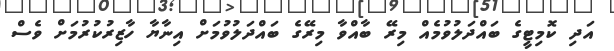
އަދި ކޮމިޓީގެ ބައްދަލުވުމެއް މިރޭ ބާއްވާ މިރޭގެ ބައްދަލުވުމަށް އިނާޔާ ހާޒިރުކުރުމަށް ވެސް